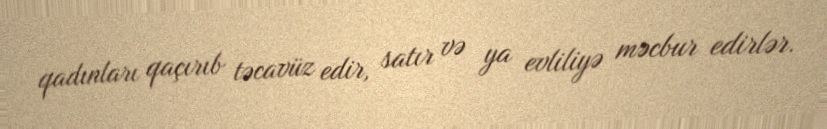
qadınları qaçırıb təcavüz edir, satır və ya evliliyə məcbur edirlər.